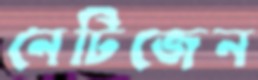
নেটিজেন